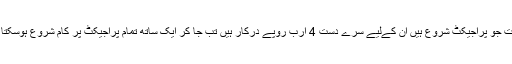
اسوقت جو پراجیکٹ شروع ہیں ان کےلیے سرے دست 4 ارب روپے درکار ہیں تب جا کر ایک ساتھ تمام پراجیکٹ پر کام شروع ہوسکتا ہے۔